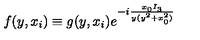
f ( y , x _ { i } ) \equiv g ( y , x _ { i } ) e ^ { - i \frac { x _ { 0 } I _ { 3 } } { y ( y ^ { 2 } + x _ { 0 } ^ { 2 } ) } }